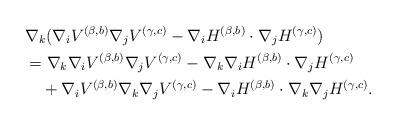
LaTeX: \begin{align*}&\nabla_k(\nabla_iV^{(\beta,b)} \nabla_jV^{(\gamma,c)}-\nabla_iH^{(\beta,b)}\cdot \nabla_jH^{(\gamma,c)})\\&=\nabla_k\nabla_iV^{(\beta,b)} \nabla_jV^{(\gamma,c)}-\nabla_k\nabla_iH^{(\beta,b)}\cdot \nabla_jH^{(\gamma,c)}\\&\quad+\nabla_iV^{(\beta,b)} \nabla_k\nabla_jV^{(\gamma,c)}-\nabla_iH^{(\beta,b)}\cdot \nabla_k\nabla_jH^{(\gamma,c)}.\end{align*}